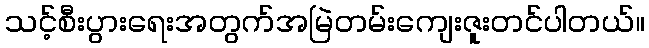
သင့်စီးပွားရေးအတွက်အမြဲတမ်းကျေးဇူးတင်ပါတယ်။